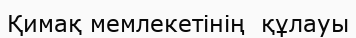
Қимақ мемлекетінің  құлауы